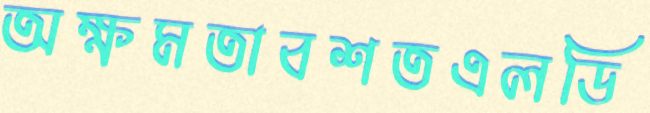
অক্ষমতাবশতএলডি